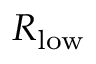
R _ { \mathrm { l o w } }